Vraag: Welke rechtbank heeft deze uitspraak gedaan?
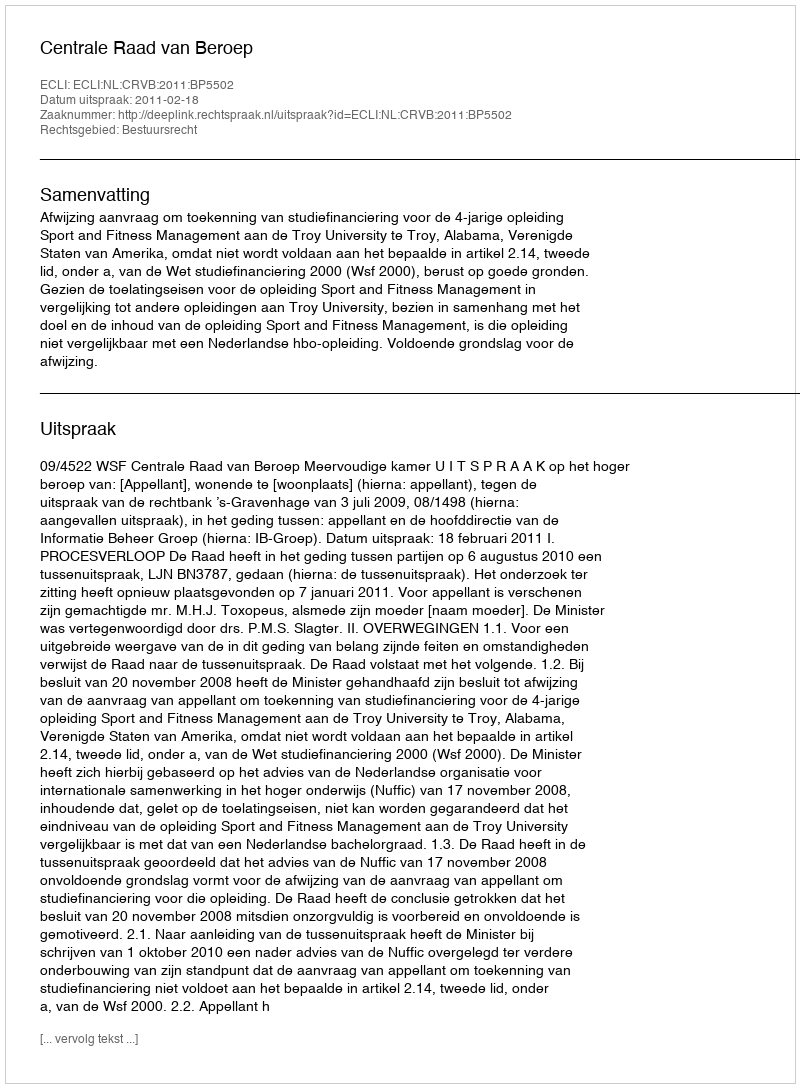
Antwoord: Centrale Raad van Beroep